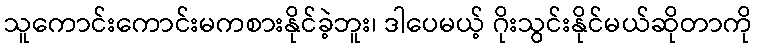
သူကောင်းကောင်းမကစားနိုင်ခဲ့ဘူး၊ ဒါပေမယ့် ဂိုးသွင်းနိုင်မယ်ဆိုတာကို